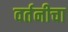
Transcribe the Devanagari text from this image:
वर्तनीचा